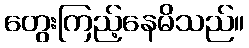
တွေးကြည့်နေမိသည်။